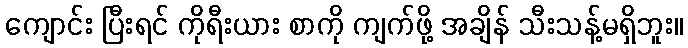
ကျောင်း ပြီးရင် ကိုရီးယား စာကို ကျက်ဖို့ အချိန် သီးသန့်မရှိဘူး။